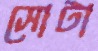
সোটা